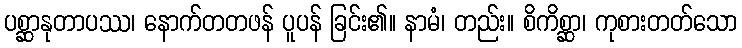
ပစ္ဆာနုတာပဿ၊ နောက်တတဖန် ပူပန် ခြင်း၏။ နာမံ၊ တည်း။ စိကိစ္ဆာ၊ ကုစားတတ်သော